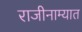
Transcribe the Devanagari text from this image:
राजीनाम्यात